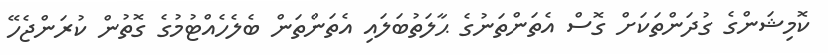
ކޮމިޝަންގެ ގުދަންތަކަށް ގޮސް އެތަންތަނުގެ ޙާލަތުބަލައި އެތަންތަން ބެލެހެއްޓުމުގެ ގޮތުން ކުރަންޖެހޭ